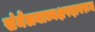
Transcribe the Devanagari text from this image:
संमेलनाध्यक्षपदावरून